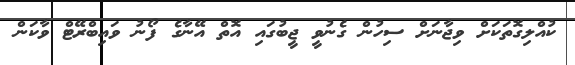
ކުއްލިގޮތަކަށް ވިޖާނަށް ސިހުން ގެނުވީ ޖީބުގައި އޮތް އޭނާގެ ފޯނު ވައިބްރޭޓް ވާކަން